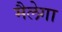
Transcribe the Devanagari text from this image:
मैलेगा